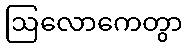
ဩလောကေတွာ